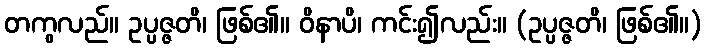
တကွလည်။ ဥပ္ပဇ္ဇတိ၊ ဖြစ်၏။ ဝိနာပိ၊ ကင်း၍လည်း။ (ဥပ္ပဇ္ဇတိ၊ ဖြစ်၏။)